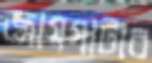
জায়গাটার